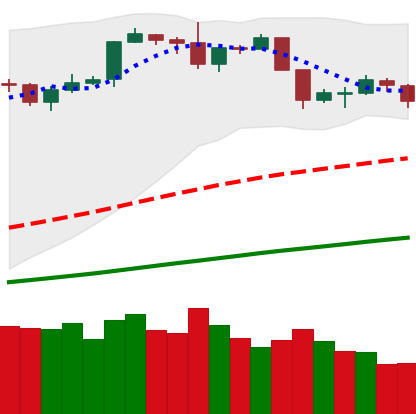
Ticker: BTC-USD
Chart end date: 2019-06-09
Forward return: 13.082%
Label: up_7plus